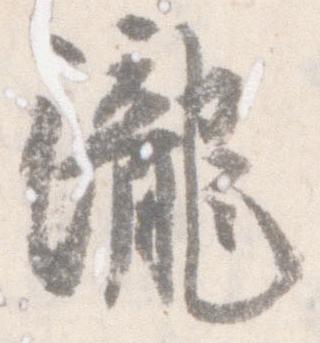
瀧